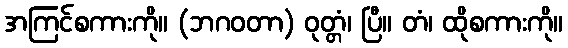
အကြင်စကားကို။ (ဘဂဝတာ) ဝုတ္တံ၊ ပြီ။ တံ၊ ထိုစကားကို။